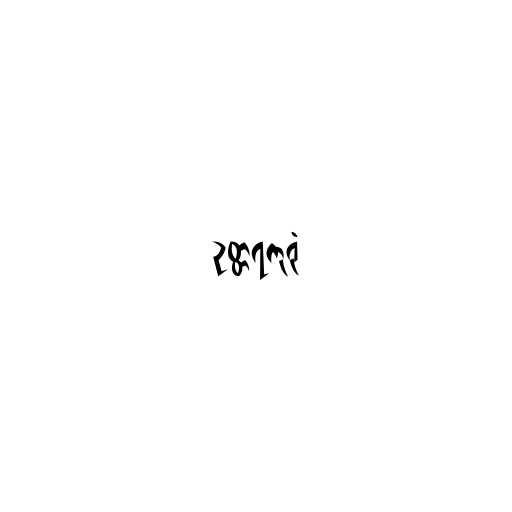
ဥတ္တရကုရုံ